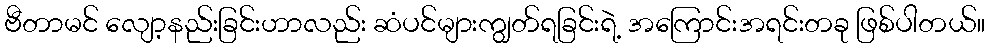
ဗီတာမင် လျော့နည်းခြင်းဟာလည်း ဆံပင်များကျွတ်ရခြင်းရဲ့ အကြောင်းအရင်းတခု ဖြစ်ပါတယ်။